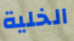
الخلية